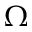
\Omega